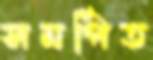
সমর্পিত